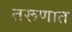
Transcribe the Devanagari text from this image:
तरूणात